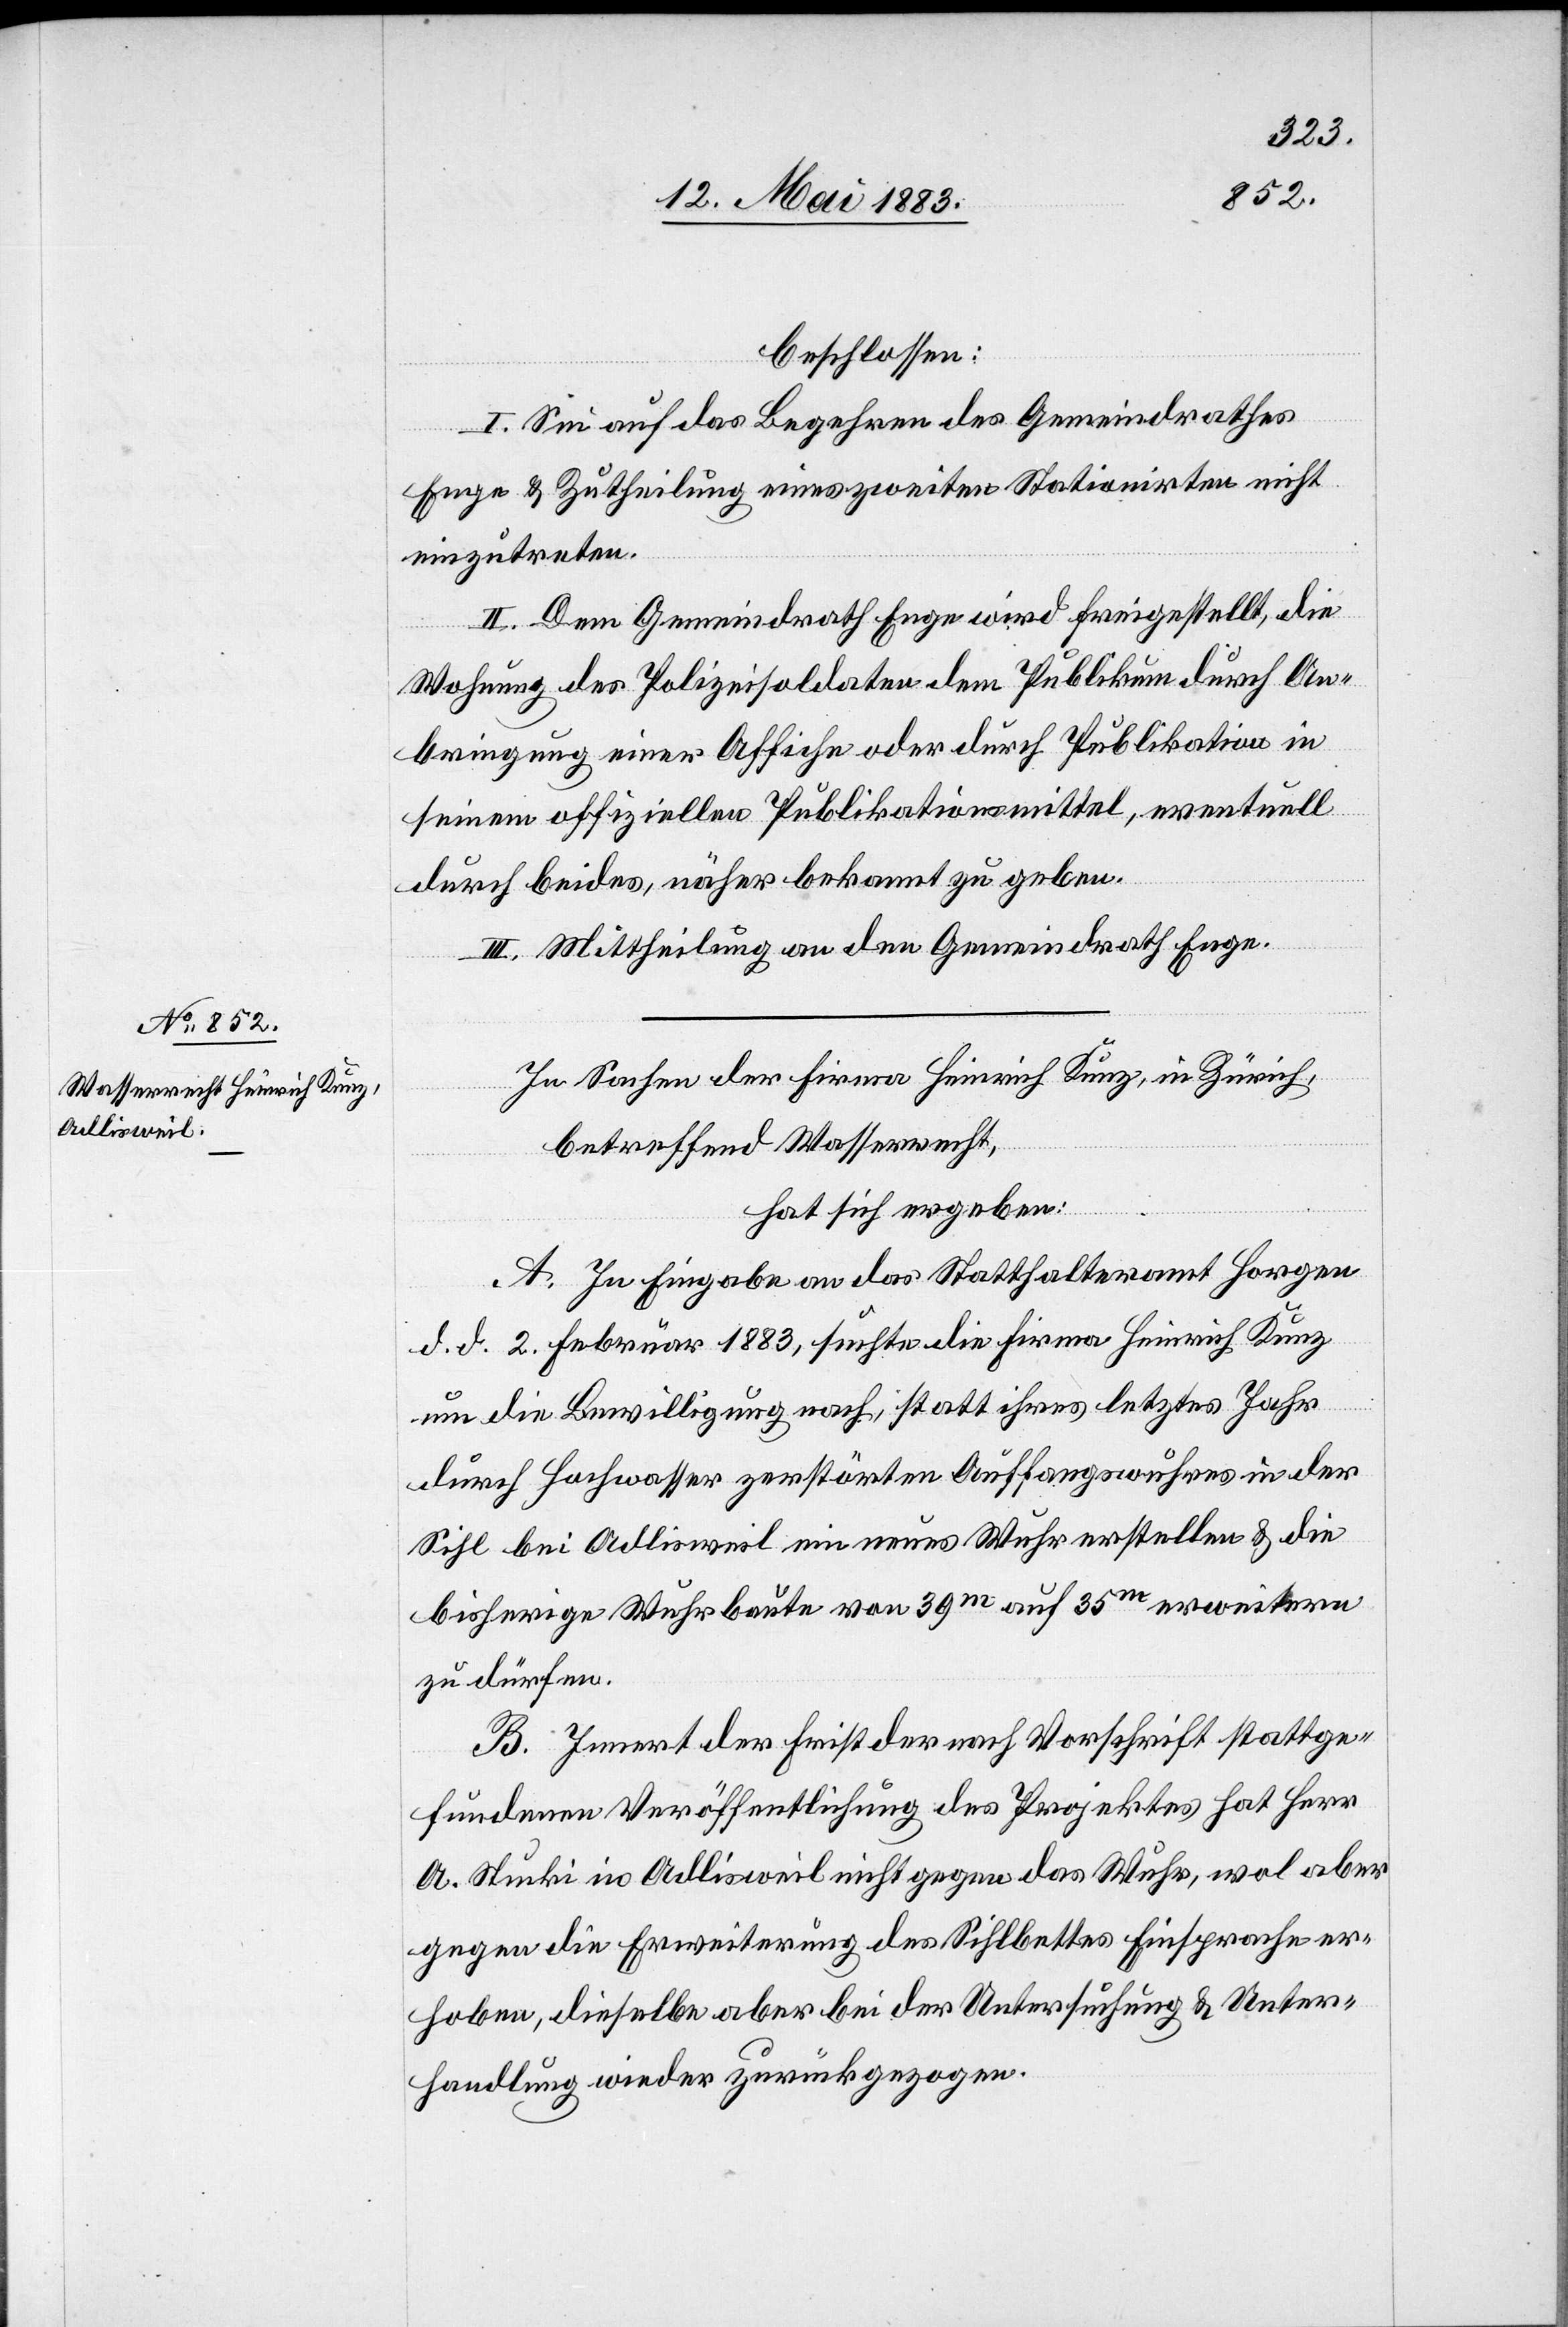
beschlossen:
I. Sei auf das Begehren des Gemeindrathes
Enge & Zutheilung eines zweiten Stationirten nicht
einzutreten.
II. Dem Gemeindrath Enge wird freigestellt, die
Wohnung des Polizeisoldaten dem Publikum durch An¬
bringung einer Affiche oder durch Publikation in
seinem offiziellen Publikationsmittel, eventuell
durch beides, näher bekannt zu geben.
III. Mittheilung an den Gemeindrath Enge.
In Sachen der Firma Heinrich Kunz, in Zürich,
betreffend Wasserrecht,
hat sich ergeben:
A. In Eingabe an das Statthalteramt Horgen
d. d. 2. Februar 1883, suchte die Firma Heinrich Kunz
um die Bewilligung nach, statt ihres letztes Jahr
durch Hochwasser zerstörten Auffangswuhres in der
Sihl bei Adlisweil ein neues Wuhr erstellen & die
bisherige Wuhrbaute von 39m auf 35m erweitern
zu dürfen.
B. Innert der Frist der nach Vorschrift stattge¬
fundenen Veröffentlichung des Projektes hat Herr
A. Stucki in Adlisweil nicht gegen das Wuhr, wol aber
gegen die Erweiterung des Sihlbettes Einsprache er¬
hoben, dieselbe aber bei der Untersuchung & Unter¬
handlung wieder zurückgezogen.